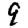
Digit: 9